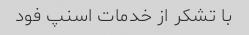
با تشکر از خدمات اسنپ فود